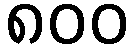
၈၀၀